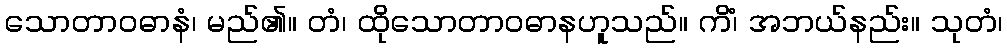
သောတာဝဓာနံ၊ မည်၏။ တံ၊ ထိုသောတာဝဓာနဟူသည်။ ကိံ၊ အဘယ်နည်း။ သုတံ၊